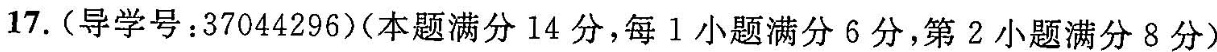
17.(导学号：37044296)(本题满分14分，每1小题满分6分，第2小题满分8分)